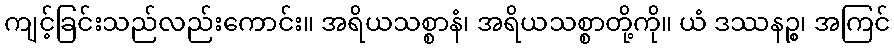
ကျင့်ခြင်းသည်လည်းကောင်း။ အရိယသစ္စာနံ၊ အရိယသစ္စာတို့ကို။ ယံ ဒဿနဉ္စ၊ အကြင်